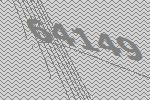
64149